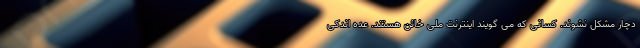
دچار مشکل نشوند. کسانی که می گویند اینترنت ملی خائن هستند. عده اندکی